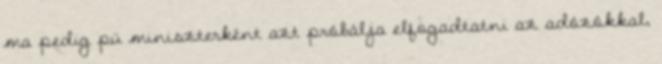
ma pedig pü miniszterként azt próbálja elfogadtatni az adózókkal,